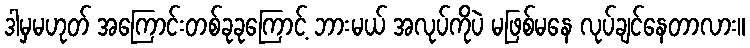
ဒါမှမဟုတ် အကြောင်းတစ်ခုခုကြောင့် ဘားမယ် အလုပ်ကိုပဲ မဖြစ်မနေ လုပ်ချင်နေတာလား။